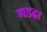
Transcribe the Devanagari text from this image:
गडढा